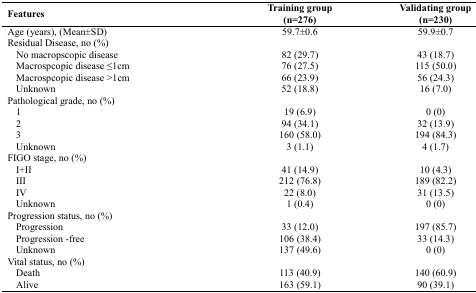
| Features | Training group(n=276) | Validating group(n=230) |
 | --- | --- | --- |
 | Age (years), (Mean±SD) | 59.7±0.6 | 59.9±0.7 |
 | Residual Disease, no (%) |  |  |
 | No macropscopic disease | 82 (29.7) | 43 (18.7) |
 | Macrospcopic disease ≤1cm | 76 (27.5) | 115 (50.0) |
 | Macrospcopic disease >1cm | 66 (23.9) | 56 (24.3) |
 | Unknown | 52 (18.8) | 16 (7.0) |
 | Pathological grade, no (%) |  |  |
 | 1 | 19 (6.9) | 0 (0) |
 | 2 | 94 (34.1) | 32 (13.9) |
 | 3 | 160 (58.0) | 194 (84.3) |
 | Unknown | 3 (1.1) | 4 (1.7) |
 | FIGO stage, no (%) |  |  |
 | I+II | 41 (14.9) | 10 (4.3) |
 | III | 212 (76.8) | 189 (82.2) |
 | IV | 22 (8.0) | 31 (13.5) |
 | Unknown | 1 (0.4) | 0 (0) |
 | Progression status, no (%) |  |  |
 | Progression | 33 (12.0) | 197 (85.7) |
 | Progression -free | 106 (38.4) | 33 (14.3) |
 | Unknown | 137 (49.6) | 0 (0) |
 | Vital status, no (%) |  |  |
 | Death | 113 (40.9) | 140 (60.9) |
 | Alive | 163 (59.1) | 90 (39.1) |